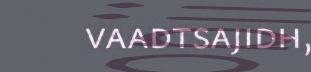
vaadtsajidh,